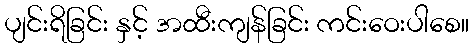
ပျင်းရိခြင်း နှင့် အထီးကျန်ခြင်း ကင်းဝေးပါစေ။